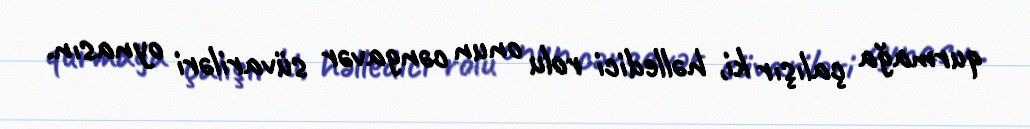
qurmağa çalışır ki, həlledici rolu onun cəngavər süvariləri oynasın.